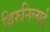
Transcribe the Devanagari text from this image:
थिरुनिलाई